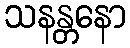
သနန္တနော